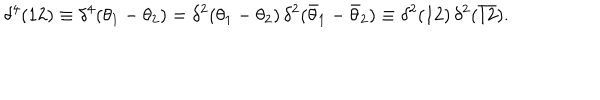
\delta ^ { 4 } ( 1 2 ) \equiv \delta ^ { 4 } ( \theta _ { 1 } - \theta _ { 2 } ) = \delta ^ { 2 } ( \theta _ { 1 } - \theta _ { 2 } ) \, \delta ^ { 2 } ( \bar { \theta } _ { 1 } - \bar { \theta } _ { 2 } ) \equiv \delta ^ { 2 } ( 1 2 ) \, \delta ^ { 2 } ( \bar { 1 } \bar { 2 } ) .